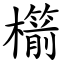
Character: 櫤